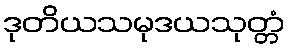
ဒုတိယသမုဒယသုတ္တံ